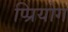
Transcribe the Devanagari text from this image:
प्प्रियोग